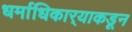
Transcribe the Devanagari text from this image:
धर्माधिकार्‍याकडून